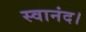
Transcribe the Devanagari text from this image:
स्वानंद।